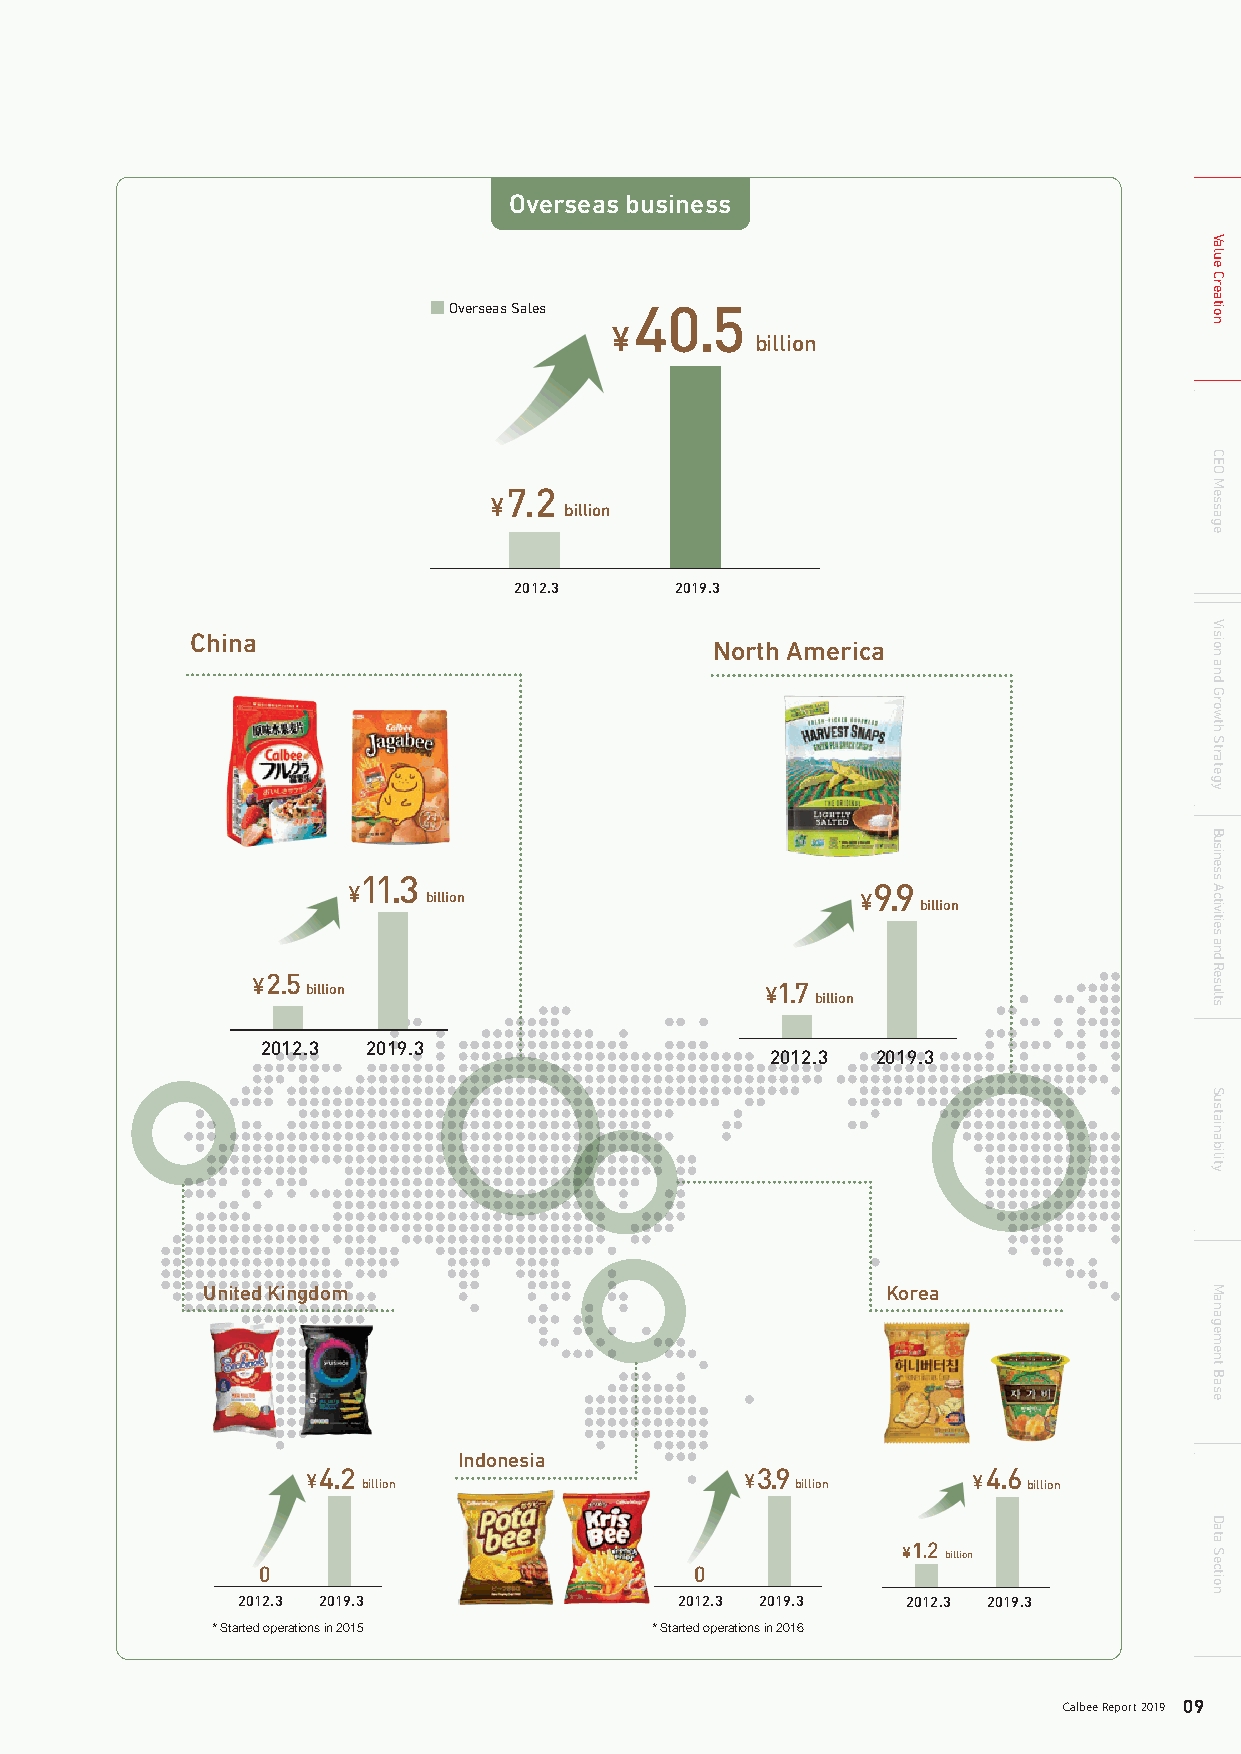
Value Creation
 The Calbee Group’s Business and Strength
 Overseas business
 The Calbee Group delivers snack foods and cereals made from natural raw materials to the society.
 For domestic business, we have the No.1 share in each category due to our strong brand lineup, which boasts
 ■ Overseas Sales 40.5
 long-selling products.
 ¥
 billion
 For overseas business, we develop products in accordance with the market needs of each country in health-conscious
 Europe and the U.S. as well as Asia, where economic growth is remarkable. We are currently pursuing business expansion
 in nine countries and regions.
 Domestic business
 7.2
 ¥
 billion
 2012.3     2019.3
 China
 Share of the                                   North America
 Japanese domestic
 48.7 snack market
 ％
 No.1
 54.7
 ％
 11.3
 2012.3 2019.3          ¥                                  9.9
 billion                      ¥
 billion
 75.9 56.6 24.3
 Potato- Flour- Corn-
 sb na as ce kd
 s
 ％ sb na as ce kd
 s
 ％ sb na as ce kd
 s
 ％                ¥2.5
 billion                        ¥1.7
 Potato-based snacks: Flour-based snacks: Corn-based snacks: billion
 No.1 No.1 No.1
 Raw material of Raw material of Raw material of
 fresh potatoes flour corn
 2012.3 2019.3
 2012.3 2019.3
 ■ Frugra Sales (Domestic) 23.8 United Kingdom              Korea
 ¥
 37.9 billion
 ％
 Share of the
 Japanese domestic
 cereal market
 No.1 3.7                      Indonesia
 ¥
 billion
 ¥4.2
 billion
 ¥3.9
 billion
 ¥4.6
 billion
 2012.3 2019.3                                               ¥1.2 billion
 0                            0
 INTAGE SRI Inc. based on scale of cumulative sales (nationwide, all retail formats)
 Fiscal year ended March 31, 2012: April 1, 2011 to March 31, 2012 2012.3 2019.3 2012.3 2019.3 2012.3 2019.3
 Fiscal year ended March 31, 2019: April 1, 2018 to March 31, 2019
 Snack and corn-based snack market share: Total of Calbee and Japan Frito-Lay Ltd. * Started operations in 2015 * Started operations in 2016
 08 Calbee Report 2019                                                 Calbee Report 2019 09
 Value
 Creation
 CEO
 Message
 Vision
 and
 Growth
 Strategy
 Business
 Activities
 and
 Results
 Sustainability
 Management
 Base
 Data
 Section